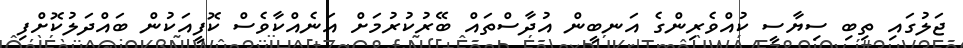
ޖަލުގައި ތިބި ސިޔާސީ ކުއްވެރިންގެ އަނބީން އުދާސްތައް ބޭރުކުރުމަށް އަނެއްކާވެސް ކޮފީއަކުން ބައްދަލުކޮށްފި